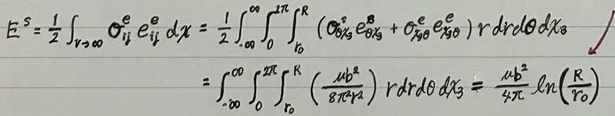
\[
\begin{align*}
E^{s}&=\frac{1}{2}\int_{V\to\infty}\sigma_{ij}^{e}e_{ij}^{e}d\chi=\frac{1}{2}\int_{-\infty}^{\infty}\int_{0}^{2\pi}\int_{r_{0}}^{R}(\sigma_{rr}^{e}e_{rr}^{e}+\sigma_{\theta\theta}^{e}e_{\theta\theta}^{e})r\ drd\theta d\chi_{3}\\
&=\int_{-\infty}^{\infty}\int_{0}^{2\pi}\int_{r_{0}}^{R}(\frac{\mu b^{2}}{8\pi r^{2}})r\ drd\theta d\chi_{3}=\frac{\mu b^{2}}{4\pi}\ln(\frac{R}{r_{0}})
\end{align*}
\]